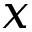
x